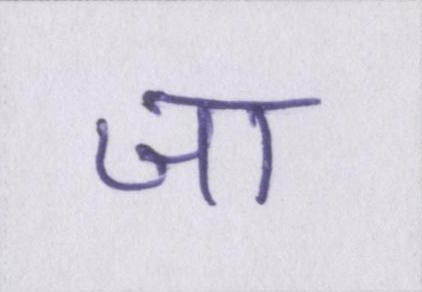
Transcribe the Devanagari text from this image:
जा